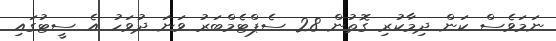
ނަމަވެސް ކަން ދިމާކުރި ގޮތުން 28 ސެޕްޓެމްބަރު ވަނަ ދުވަހު އެ ސީޓުގައި